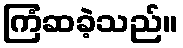
ကြံဆခဲ့သည်။